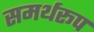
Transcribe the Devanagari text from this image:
समर्थरूप